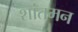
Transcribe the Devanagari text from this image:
शांतमन